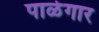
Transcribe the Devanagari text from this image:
पाळेगार